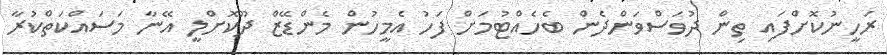
ރަހީނުކޮށްފައި ތިން ދުވަސްވަންދެން ބެހެއްޓުމަށް ފަހު އެމީހުން މެންޑޭޒް ދޫކޮށްލީ އޭނާ މަސައްކަތްކުރާ